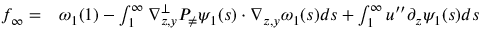
\begin{array} { r } { \begin{array} { r l } { f _ { \infty } = } & { { } \omega _ { 1 } ( 1 ) - \int _ { 1 } ^ { \infty } \nabla _ { z , y } ^ { \bot } P _ { \neq } \psi _ { 1 } ( s ) \cdot \nabla _ { z , y } \omega _ { 1 } ( s ) d s + \int _ { 1 } ^ { \infty } u ^ { \prime \prime } \partial _ { z } \psi _ { 1 } ( s ) d s } \end{array} } \end{array}